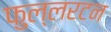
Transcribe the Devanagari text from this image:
फुल्लरटन